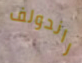
راندولف